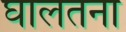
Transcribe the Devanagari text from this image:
घालतना